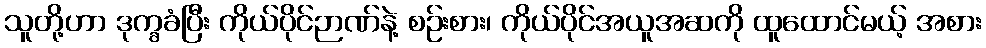
သူတို့ဟာ ဒုက္ခခံပြီး ကိုယ်ပိုင်ဉာဏ်နဲ့ စဉ်းစား၊ ကိုယ်ပိုင်အယူအဆကို ထူထောင်မယ့် အစား